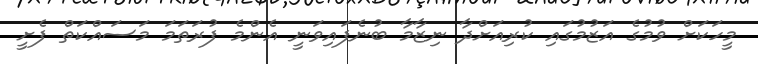
މީހަކަށް ވުމުގެ އަޒުމުގައި ކުރިއަށްދާ ނިޒާމާ ބުނެފައިވަނީ އެންމެ ފުރަތަމަ މަސައްކަތް ފެށީ